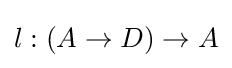
l:(A\to D)\to A